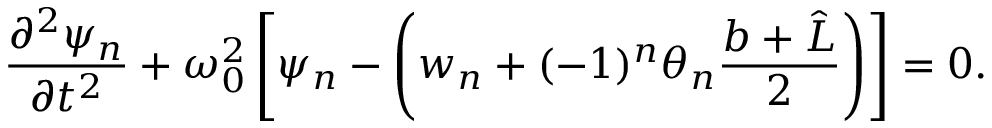
\frac { \partial ^ { 2 } \psi _ { n } } { \partial t ^ { 2 } } + \omega _ { 0 } ^ { 2 } \left[ \psi _ { n } - \left( w _ { n } + ( - 1 ) ^ { n } \theta _ { n } \frac { b + \hat { L } } { 2 } \right) \right] = 0 .